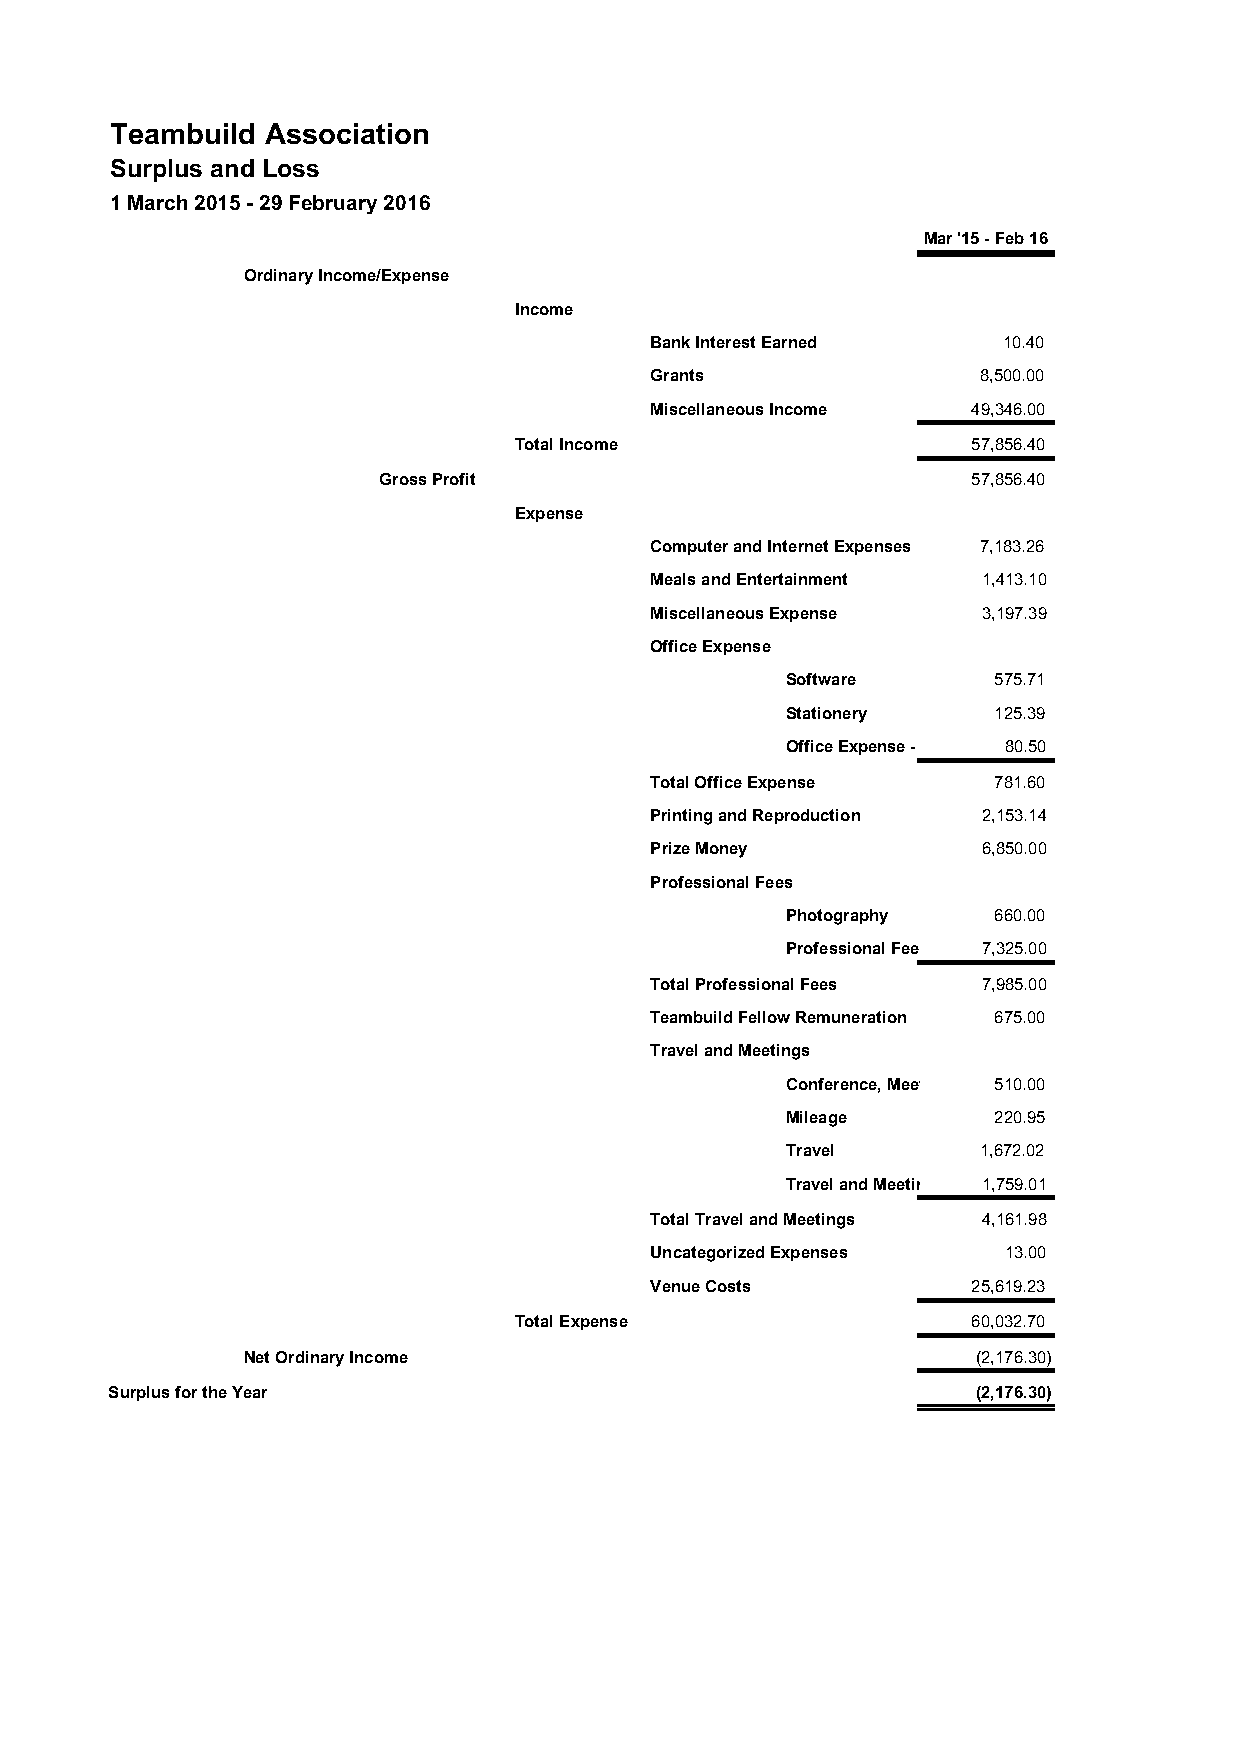
Teambuild  Association
 Surplus and Loss
 1 March 2015 - 29 February 2016
 Mar '15 - Feb 16
 Ordinary Income/Expense
 Income
 Bank Interest Earned   10.40
 Grants                8,500.00
 Miscellaneous Income 49,346.00
 Total Income                  57,856.40
 Gross Profit                           57,856.40
 Expense
 Computer and Internet Expenses 7,183.26
 Meals and Entertainment 1,413.10
 Miscellaneous Expense 3,197.39
 Office Expense
 Software      575.71
 Stationery    125.39
 Office Expense - Other 80.50
 Total Office Expense   781.60
 Printing and Reproduction 2,153.14
 Prize Money           6,850.00
 Professional Fees
 Photography   660.00
 Professional Fees - Other7,325.00
 Total Professional Fees 7,985.00
 Teambuild Fellow Remuneration 675.00
 Travel and Meetings
 Conference, Meetings 510.00
 Mileage       220.95
 Travel       1,672.02
 Travel and Meetings - Oth1e,7r59.01
 Total Travel and Meetings 4,161.98
 Uncategorized Expenses 13.00
 Venue Costs          25,619.23
 Total Expense                 60,032.70
 Net Ordinary Income                              (2,176.30)
 Surplus for the Year                                      (2,176.30)